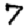
Digit: 7